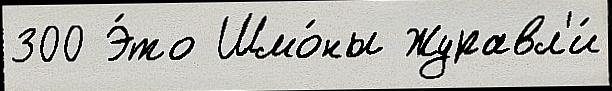
300 Э́то Шмо́ны Журавл'и́